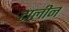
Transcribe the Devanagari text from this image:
टालीन